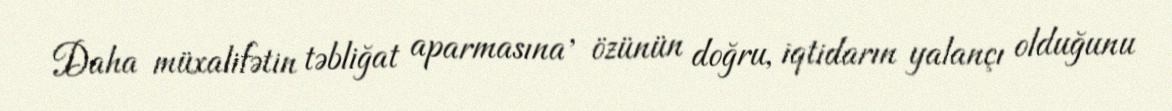
Daha müxalifətin təbliğat aparmasına , özünün doğru, iqtidarın yalançı olduğunu